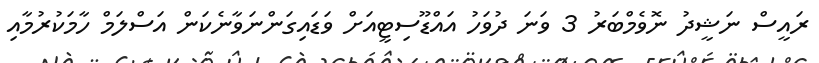
ރައީސް ނަޝީދު ނޮވެމްބަރު 3 ވަނަ ދުވަހު އައްޑޫސިޓީއަށް ވަޑައިގަންނަވާނެކަން އަސްލަމް ހާމަކުރުމާއި